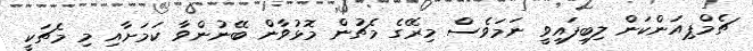
ޗެމްޕިއަންކަން ލިބިފައިވީ ނަމަވެސް މިރޭގެ މެޗުން މޮޅުވާން ބޭނުންވާ ކަމަށާއި މި މެޗަކީ